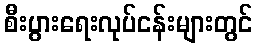
စီးပွားရေးလုပ်ငန်းများတွင်